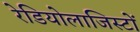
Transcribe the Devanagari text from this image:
रेडियोलाजिस्टों